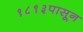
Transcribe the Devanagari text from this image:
१८१३पासून